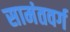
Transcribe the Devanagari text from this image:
सामंतवर्ग